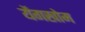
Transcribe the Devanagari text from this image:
येंगखोम